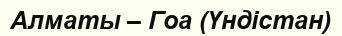
Алматы – Гоа (Үндістан)